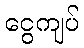
ငွေကျပ်